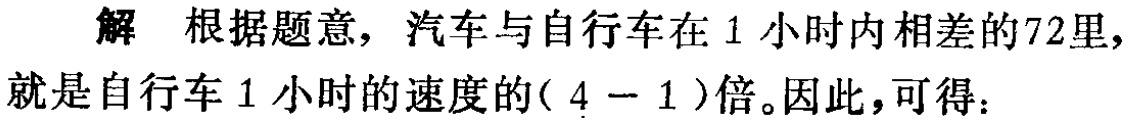
解 根据题意，汽车与自行车在 1 小时内相差的72里，就是自行车 1 小时的速度的( \(4 - 1\) )倍。因此，可得：